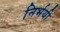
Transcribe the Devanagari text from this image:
निर्भयी